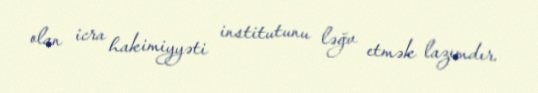
olan icra hakimiyyəti institutunu ləğv etmək lazımdır.